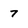
Character: 7